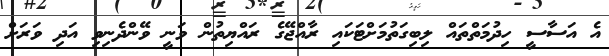
އެ އަސާސީ ހިދުމަތްތައް ލިބިގަތުމަށްޓަކައި ރާއްޖޭގެ ރައްޔިތުން ވަނީ ވޭންދެނިވި އަދި ވަރަށް